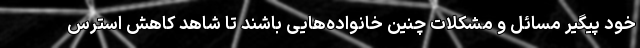
خود پیگیر مسائل و مشکلات چنین خانواده‌هایی باشند تا شاهد کاهش استرس